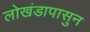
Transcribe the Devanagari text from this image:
लोखंडापासुन